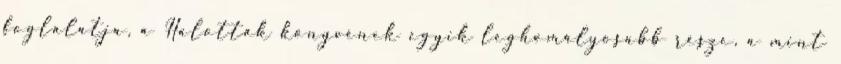
foglalatja, a Halottak könyvének egyik leghomályosabb része, a mint